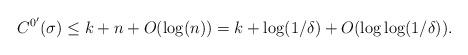
LaTeX: \begin{align*} C^{0'}(\sigma) \leq k + n + O(\log(n)) = k + \log(1/\delta) + O(\log\log(1/\delta)).\end{align*}